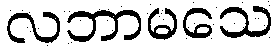
လဘာမသေ